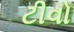
ટીવો